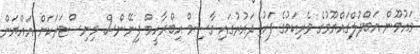
މައުމޫން އަބްދުލްގައްޔޫމުގެ ވެރިކަމުގެ ފަހު ދައުރުގައި ގާސިމް އިބްރާހީމް ފިނޭންސް މިނިސްޓަރަކަށް އައްޔަން